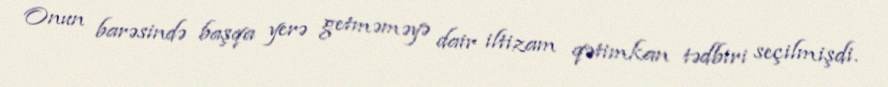
Onun barəsində başqa yerə getməməyə dair iltizam qətimkan tədbiri seçilmişdi.